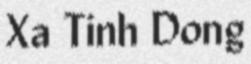
Xa Tinh Dong